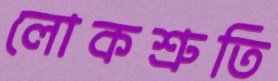
লোকশ্রুতি